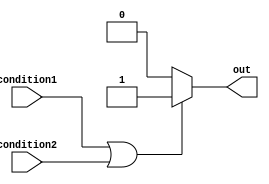
module if_else_statement(
    input wire condition1,
    input wire condition2,
    output reg out
);

always @ (*) begin
    if (condition1 || condition2) begin
        out <= 1;
    end else begin
        out <= 0;
    end
end

endmodule